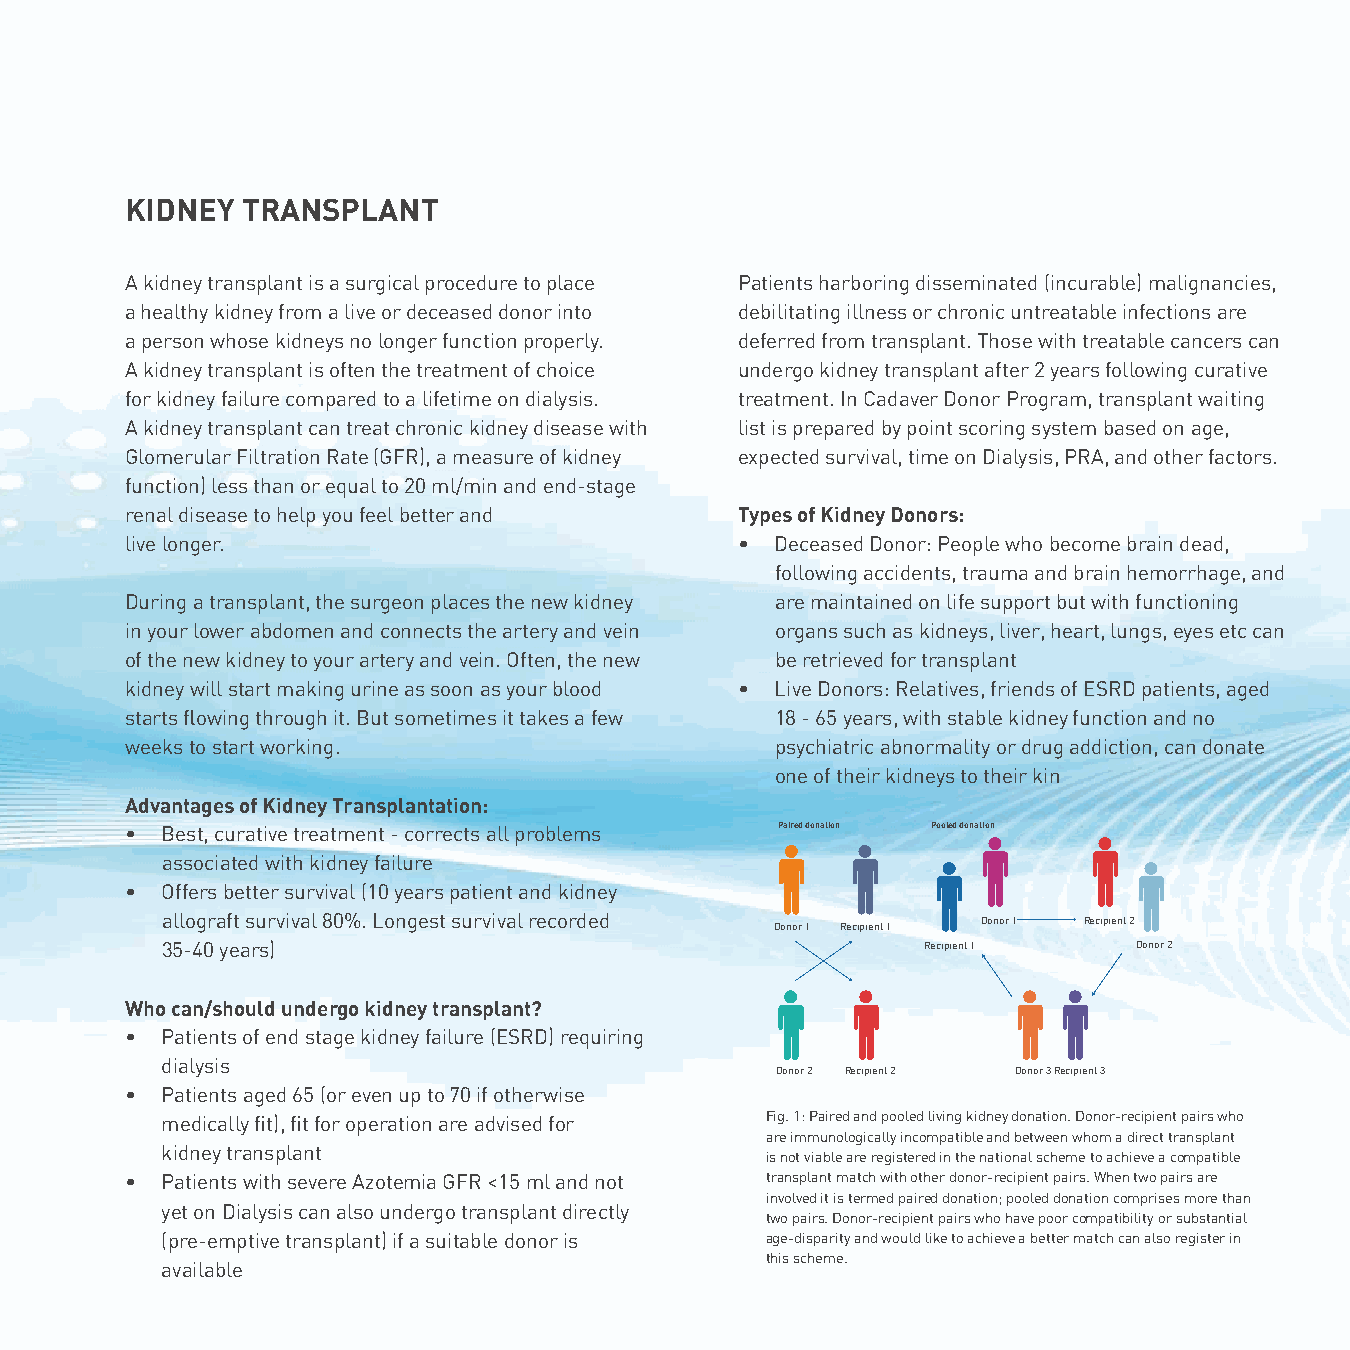
KIDNEY  TRANSPLANT
 A kidney transplant is a surgical procedure to place Patients harboring disseminated (incurable) malignancies,
 a healthy kidney from a live or deceased donor into debilitating illness or chronic untreatable infections are
 a person whose kidneys no longer function properly. deferred from transplant. Those with treatable cancers can
 A kidney transplant is often the treatment of choice undergo kidney transplant after 2 years following curative
 for kidney failure compared to a lifetime on dialysis. treatment. In Cadaver Donor Program, transplant waiting
 A kidney transplant can treat chronic kidney disease with list is prepared by point scoring system based on age,
 Glomerular Filtration Rate (GFR), a measure of kidney expected survival, time on Dialysis, PRA, and other factors.
 function) less than or equal to 20 ml/min and end-stage
 renal disease to help you feel better and Types of Kidney Donors:
 live longer.                             • Deceased Donor: People who become brain dead,
 following accidents, trauma and brain hemorrhage, and
 During a transplant, the surgeon places the new kidney are maintained on life support but with functioning
 in your lower abdomen and connects the artery and vein organs such as kidneys, liver, heart, lungs, eyes etc can
 of the new kidney to your artery and vein. Often, the new be retrieved for transplant
 kidney will start making urine as soon as your blood • Live Donors: Relatives, friends of ESRD patients, aged
 starts flowing through it. But sometimes it takes a few 18 - 65 years, with stable kidney function and no
 weeks to start working.                    psychiatric abnormality or drug addiction, can donate
 one of their kidneys to their kin
 Advantages of Kidney Transplantation:
 •  Best, curative treatment - corrects all problems Paired donation Pooled donation
 associated with kidney failure
 •  Offers better survival (10 years patient and kidney
 allograft survival 80%. Longest survival recorded Donor 1 Recipient 1 Donor 1 Recipient 2
 35-40 years)                                      Recipient 1   Donor 2
 Who can/should undergo kidney transplant?
 •  Patients of end stage kidney failure (ESRD) requiring
 dialysis
 Donor 2 Recipient 2 Donor 3Recipient 3
 •  Patients aged 65 (or even up to 70 if otherwise
 medically fit), fit for operation are advised for Fig. 1: Paired and pooled living kidney donation. Donor-recipient pairs who
 are immunologically incompatible and between whom a direct transplant
 kidney transplant                       is not viable are registered in the national scheme to achieve a compatible
 •  Patients with severe Azotemia GFR <15 ml and not transplant match with other donor-recipient pairs. When two pairs are
 involved it is termed paired donation; pooled donation comprises more than
 yet on Dialysis can also undergo transplant directly
 two pairs. Donor-recipient pairs who have poor compatibility or substantial
 (pre-emptive transplant) if a suitable donor is age-disparity and would like to achieve a better match can also register in
 this scheme.
 available